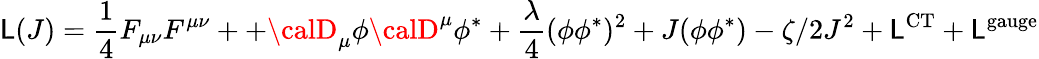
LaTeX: {\cal\mathsf{L}}(J)=\frac{{1}}{{4}}F_{\mu\nu}F^{\mu\nu}++{\calD}_{\mu}\phi{\calD}^{\mu}\phi^{*}+\frac{{\lambda}}{{4}}(\phi\phi^{*})^{2}+J(\phi\phi^{*})-\zeta/2J^{2}+{\cal\mathsf{L}}^{\mathrm{{CT}}}+{\cal\mathsf{L}}^{\mathrm{{gauge}}}